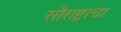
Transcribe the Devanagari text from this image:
सौराष्ट्राचा